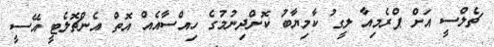
ޗެލްސީ އަށް ޕްރެމިއާ ލީގު ކާމިޔާބު ކޮށްދިނުމުގެ ހިއްސާއެއް އޮތް އެންޗޮލެޓީ އޭސީ